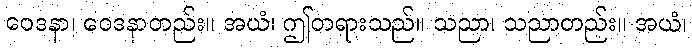
ဝေဒနာ၊ ဝေဒနာတည်း။ အယံ၊ ဤတရားသည်။ သညာ၊ သညာတည်း။ အယံ၊